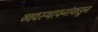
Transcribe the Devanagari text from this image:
व्यवस्थापनांकडून